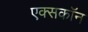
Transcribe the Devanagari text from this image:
एक्सकॉन